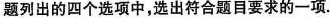
题列出的四个选项中，选出符合题目要求的一项.